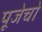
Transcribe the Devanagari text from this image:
पूजेचो